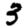
Digit: 3